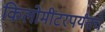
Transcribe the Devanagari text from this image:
किलोमीटरपर्यंतचे